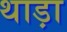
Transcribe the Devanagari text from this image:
थाड़ा